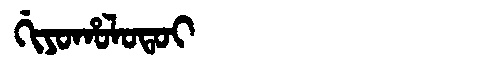
Manchu: ᡤᡳᠶᠣᡥᠣᠯᠣᡨᠣᡳ
Romanization: GIYOHOLOTOI